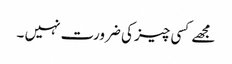
مجھے کسی چیز کی ضرورت نہیں ۔